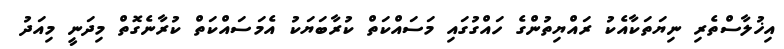
އިޚުލާސްތެރި ނިޔަތަކާއެކު ރައްޔިތުންގެ ހައްގުގައި މަސައްކަތް ކުރާބަޔަކު އެމަސައްކަތް ކުރާނެގޮތް މިދަނީ މިއަދު